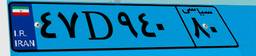
۹۴D۴۰۷۱۹